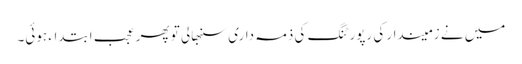
میں نے زمیندار کی رپورٹنگ کی ذمہ داری سنبھالی تو پھر عجب ابتداء ہوئی۔